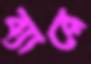
ব্যারে